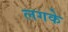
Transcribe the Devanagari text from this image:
लगके